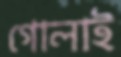
গোলাই